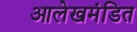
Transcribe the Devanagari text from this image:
आलेखमंडित